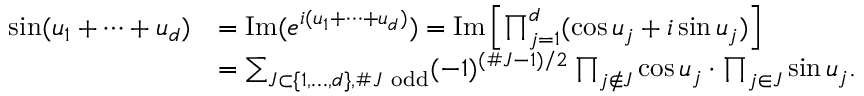
\begin{array} { r l } { \sin ( u _ { 1 } + \dots + u _ { d } ) } & { = \operatorname { I m } ( e ^ { i ( u _ { 1 } + \dots + u _ { d } ) } ) = \operatorname { I m } \left[ \prod _ { j = 1 } ^ { d } ( \cos u _ { j } + i \sin u _ { j } ) \right] } \\ & { = \sum _ { J \subset \{ 1 , \dots , d \} , \# J \ \mathrm { o d d } } ( - 1 ) ^ { ( \# J - 1 ) / 2 } \prod _ { j \not \in J } \cos u _ { j } \cdot \prod _ { j \in J } \sin u _ { j } . } \end{array}